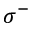
\sigma ^ { - }